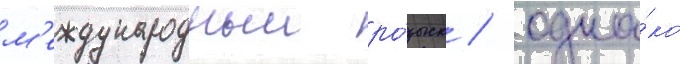
м'еждународныи ро́зыск / одна́ко